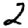
Digit: 2